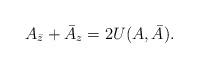
LaTeX: \begin{align*}A_{\bar z}+\bar A_z=2U(A,\bar A).\end{align*}